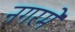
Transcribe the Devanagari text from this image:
नगरमें